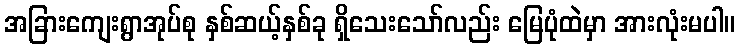
အခြားကျေးရွာအုပ်စု နှစ်ဆယ့်နှစ်ခု ရှိသေးသော်လည်း မြေပုံထဲမှာ အားလုံးမပါ။